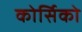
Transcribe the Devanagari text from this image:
कोर्सिको